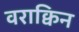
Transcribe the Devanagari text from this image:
वराक्विन